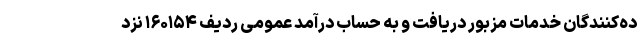
ده‌کنندگان خدمات مزبور دریافت و به حساب درآمد عمومی ردیف ۱۶۰۱۵۴ نزد